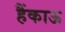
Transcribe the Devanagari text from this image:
हैंकाऊ